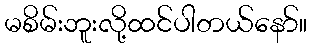
မစိမ်းဘူးလို့ထင်ပါတယ်နော်။